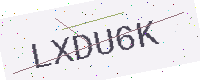
Text: LXDU6K